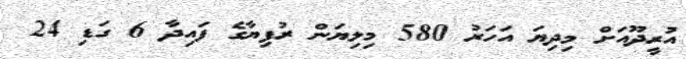
އުރީދޫއަށް މިދިޔަ އަހަރު 580 މިލިޔަން ރުފިޔާގެ ފައިދާ 6 ގަޑި 24